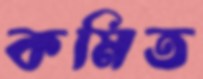
কমিত